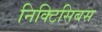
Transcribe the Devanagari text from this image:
निक्टिसिबस